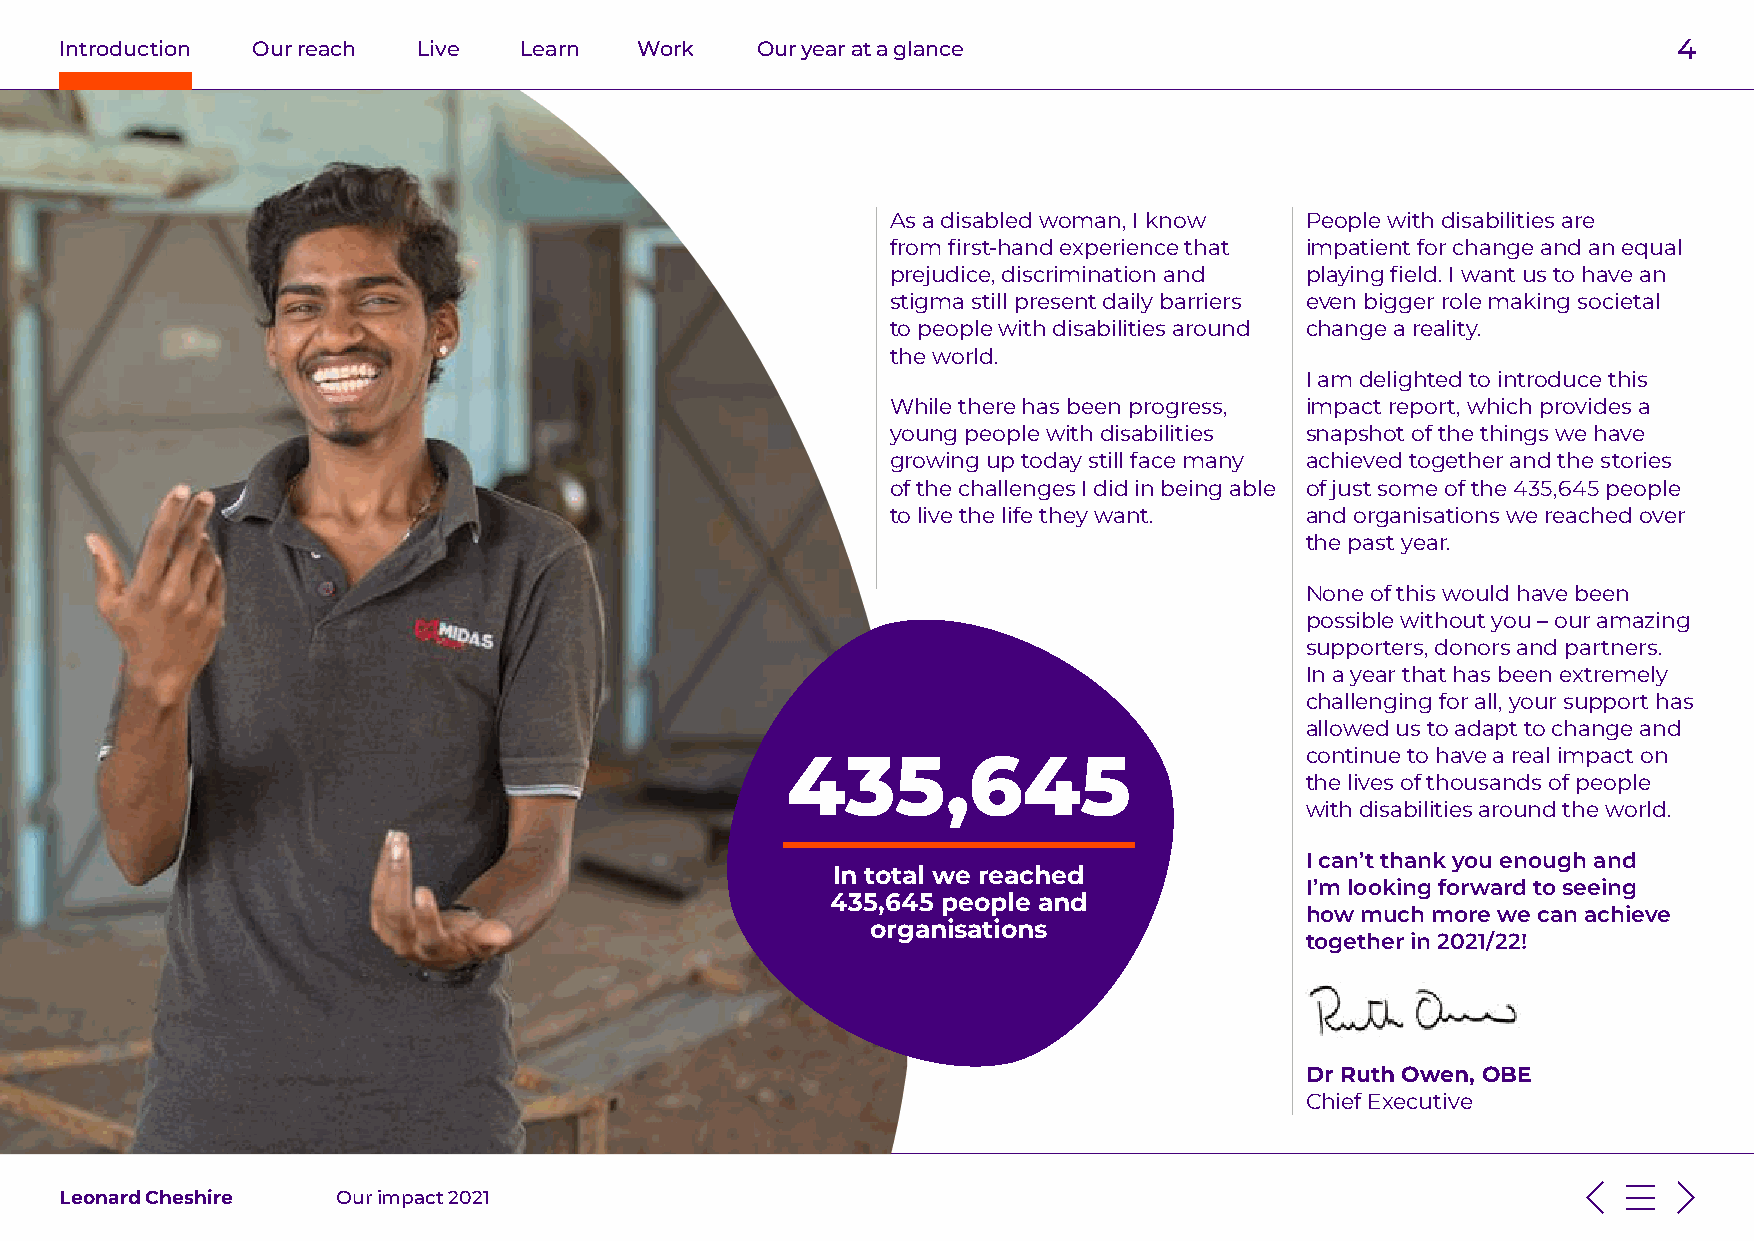
Introduction Our reach  Live  Learn   Work    Our year at a glance                                         4
 As a disabled woman, I know People with disabilities are
 from first-hand experience that impatient for change and an equal
 prejudice, discrimination and playing field. I want us to have an
 stigma still present daily barriers even bigger role making societal
 to people with disabilities around change a reality.
 the world.
 I am delighted to introduce this
 While there has been progress, impact report, which provides a
 young people with disabilities snapshot of the things we have
 growing up today still face many achieved together and the stories
 of the challenges I did in being able of just some of the 435,645 people
 to live the life they want. and organisations we reached over
 the past year.
 None of this would have been
 possible without you – our amazing
 supporters, donors and partners.
 In a year that has been extremely
 challenging for all, your support has
 allowed us to adapt to change and
 continue to have a real impact on
 435,645
 the lives of thousands of people
 with disabilities around the world.
 I can’t thank you enough and
 In total we reached
 I’m looking forward to seeing
 435,645 people and
 how much more we can achieve
 organisations
 together in 2021/22!
 Dr Ruth Owen, OBE
 Chief Executive
 Leonard Cheshire  Our impact 2021